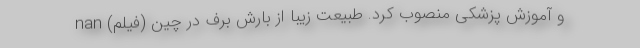
و آموزش پزشکی منصوب کرد. طبیعت زیبا از بارش برف در چین (فیلم) nan